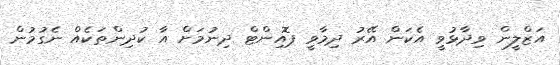
އަޒްލީން ވިދާޅުވީ އެކަން އޭރު ދިމާވީ ޕޮއިންޓް ދިނުމަށް އާ ކުދިންތަކެއް ނެގުމުން